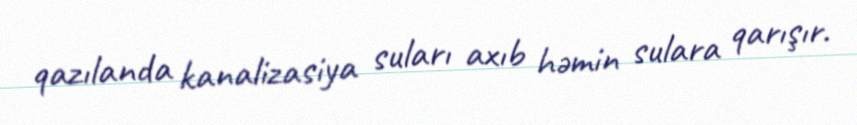
qazılanda kanalizasiya suları axıb həmin sulara qarışır.